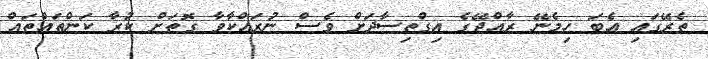
ތެރޭގައި އެބަ ހިމެނޭ ރާއްޖޭގެ އިގްތިސާދަށް ވެސް ނުރައްކާވާ ގޮތަށް ކުރާ ކަންތައްތައް